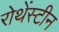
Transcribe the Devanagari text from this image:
रोथेंस्टीन